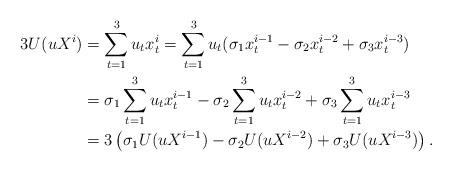
LaTeX: \begin{align*}3U(u X^i)&=\sum_{t=1}^3 u_t x_t^i=\sum_{t=1}^3 u_t (\sigma_1 x_t^{i-1}-\sigma_2 x_t^{i-2}+\sigma_3 x_t^{i-3})\\&=\sigma_1\sum_{t=1}^3 u_t x_t^{i-1}-\sigma_2\sum_{t=1}^3 u_t x_t^{i-2}+\sigma_3\sum_{t=1}^3 u_t x_t^{i-3}\\&= 3\left(\sigma_1 U(u X^{i-1})- \sigma_2 U(u X^{i-2}) + \sigma_3U(u X^{i-3})\right).\end{align*}